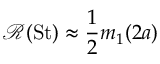
\mathscr { R } ( { \mathrm { S t } } ) \approx \frac { 1 } { 2 } m _ { 1 } ( 2 a )